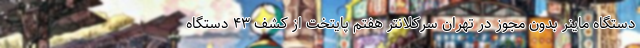
دستگاه ماینر بدون مجوز در تهران سرکلانتر هفتم پایتخت از کشف ۴۳ دستگاه